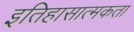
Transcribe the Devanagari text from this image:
इतिहासात्मकता